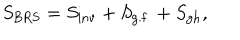
S _ { \mathrm { B R S } } = S _ { \mathrm { i n v } } + S _ { \mathrm { g . f . } } + S _ { \mathrm { g h } } ,